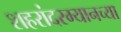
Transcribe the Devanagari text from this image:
शहरांदरम्यानच्या